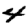
Digit: 4